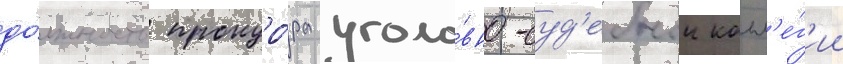
до́лжность прокуро́ра уголо́вно-суд'ебнои колл'е́г'ии